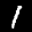
Label: 1